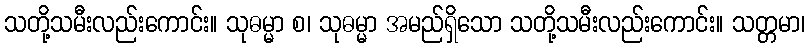
သတို့သမီးလည်းကောင်း။ သုဓမ္မာ စ၊ သုဓမ္မာ အမည်ရှိသော သတို့သမီးလည်းကောင်း။ သတ္တမာ၊